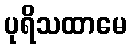
ပုရိသထာမေ